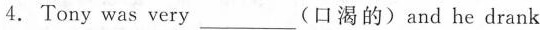
4.Tony was very___(口渴的)and he drank two